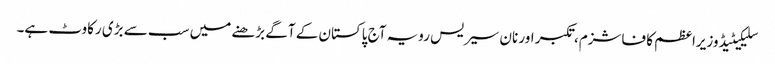
سلیکیٹیڈ وزیراعظم کا فاشزم، تکبر اور نان سیریس رویہ آج پاکستان کے آگے بڑھنے میں سب سے بڑی رکاوٹ ہے۔